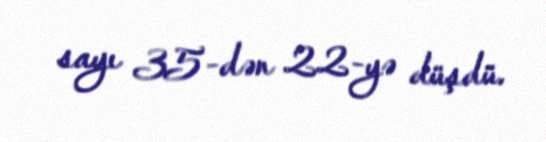
sayı 35-dən 22-yə düşdü.